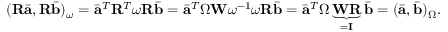
( \mathbf { R } \bar { \mathbf { a } } , \mathbf { R } \bar { \mathbf { b } } ) _ { \omega } = \bar { \mathbf { a } } ^ { T } \mathbf { R } ^ { T } \boldsymbol { \omega } \mathbf { R } \bar { \mathbf { b } } = \bar { \mathbf { a } } ^ { T } \boldsymbol { \Omega } \mathbf { W } \boldsymbol { \omega } ^ { - 1 } \boldsymbol { \omega } \mathbf { R } \bar { \mathbf { b } } = \bar { \mathbf { a } } ^ { T } \boldsymbol { \Omega } \underbrace { \mathbf { W } \mathbf { R } } _ { = \mathbf { I } } \bar { \mathbf { b } } = ( \bar { \mathbf { a } } , \bar { \mathbf { b } } ) _ { \Omega } .